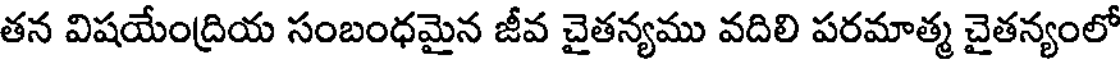
తన విషయేంద్రియ సంబంధమైన జీవ చైతన్యము వదిలి పరమాత్మ చైతన్యంలో